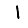
Digit: 1